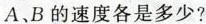
A、B的速度各是多少?